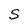
Character: S